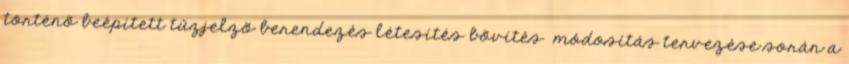
történõ beépített tûzjelzõ berendezés létesítés bõvítés módosítás tervezése során a